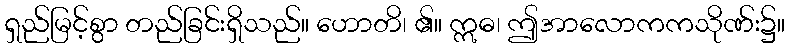
ရှည်မြင့်စွာ တည်ခြင်းရှိသည်။ ဟောတိ၊ ၏။ ဣဓ၊ ဤအာလောကကသိုဏ်း၌။